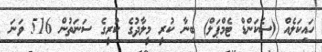
ހައިކަލެއް (ސެކަންޑް ޓެމްޕަލް) ބިނާ ކުރީ މީލާދުގެ ކުރީގެ ސަނަތުން 516 ވަނަ